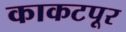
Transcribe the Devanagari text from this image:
काकटपूर